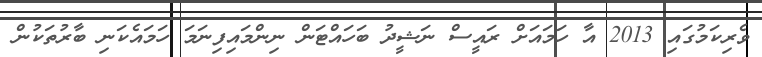
ވެރިކަމުގައި 2013 އާ ހަމައަށް ރައީސް ނަޝީދު ބަހައްޓަން ނިންމައިފިނަމަ ހަމައެކަނި ބާރުތަކުން